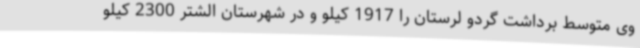
وی متوسط برداشت گردو لرستان را 1917 کیلو و در شهرستان الشتر 2300 کیلو